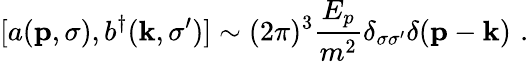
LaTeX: [a({\mathbf p},\sigma),b^{\dagger}({\mathbf k},\sigma^{\prime})]\sim(2\pi)^{3}{\frac{E_{p}}{m^{2}}}\delta_{\sigma\sigma^{\prime}}\delta({\mathbf p}-{\mathbf k})\, \, .